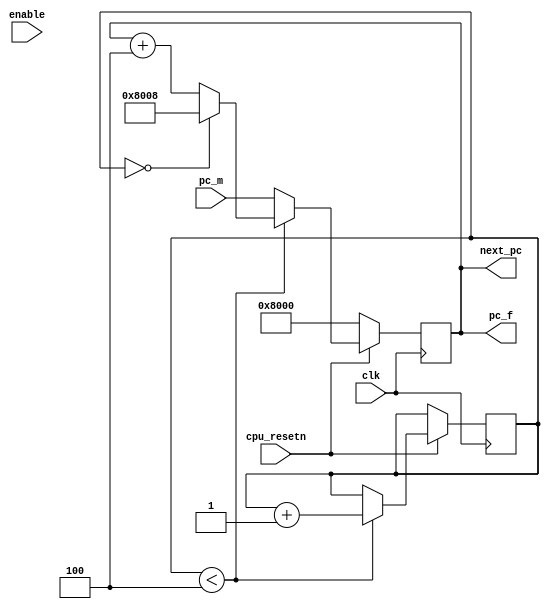
module F(input wire clk, input wire enable, input wire cpu_resetn, input wire[31:0] pc_m, output wire [31:0] pc_f, output wire [31:0] next_pc);
    reg [31:0] reg_pc;
    initial reg_pc = 32'h8000; // 8000
    reg [2:0] reg_cnt;
    initial reg_cnt = 3'd0;
    always @(posedge clk) begin
        // if (enable) begin
            if (!cpu_resetn) reg_pc <= 32'h8000; // 8000
            else if (reg_cnt < 3'd4) begin
                reg_cnt <= reg_cnt + 3'd1;
                if (reg_cnt == 3'd0) reg_pc <= 32'h8008;
                else reg_pc <= reg_pc + 32'd4;
            end
            else reg_pc <= pc_m;
        // end
    end
    assign pc_f = reg_pc;
    assign next_pc = reg_pc;
endmodule